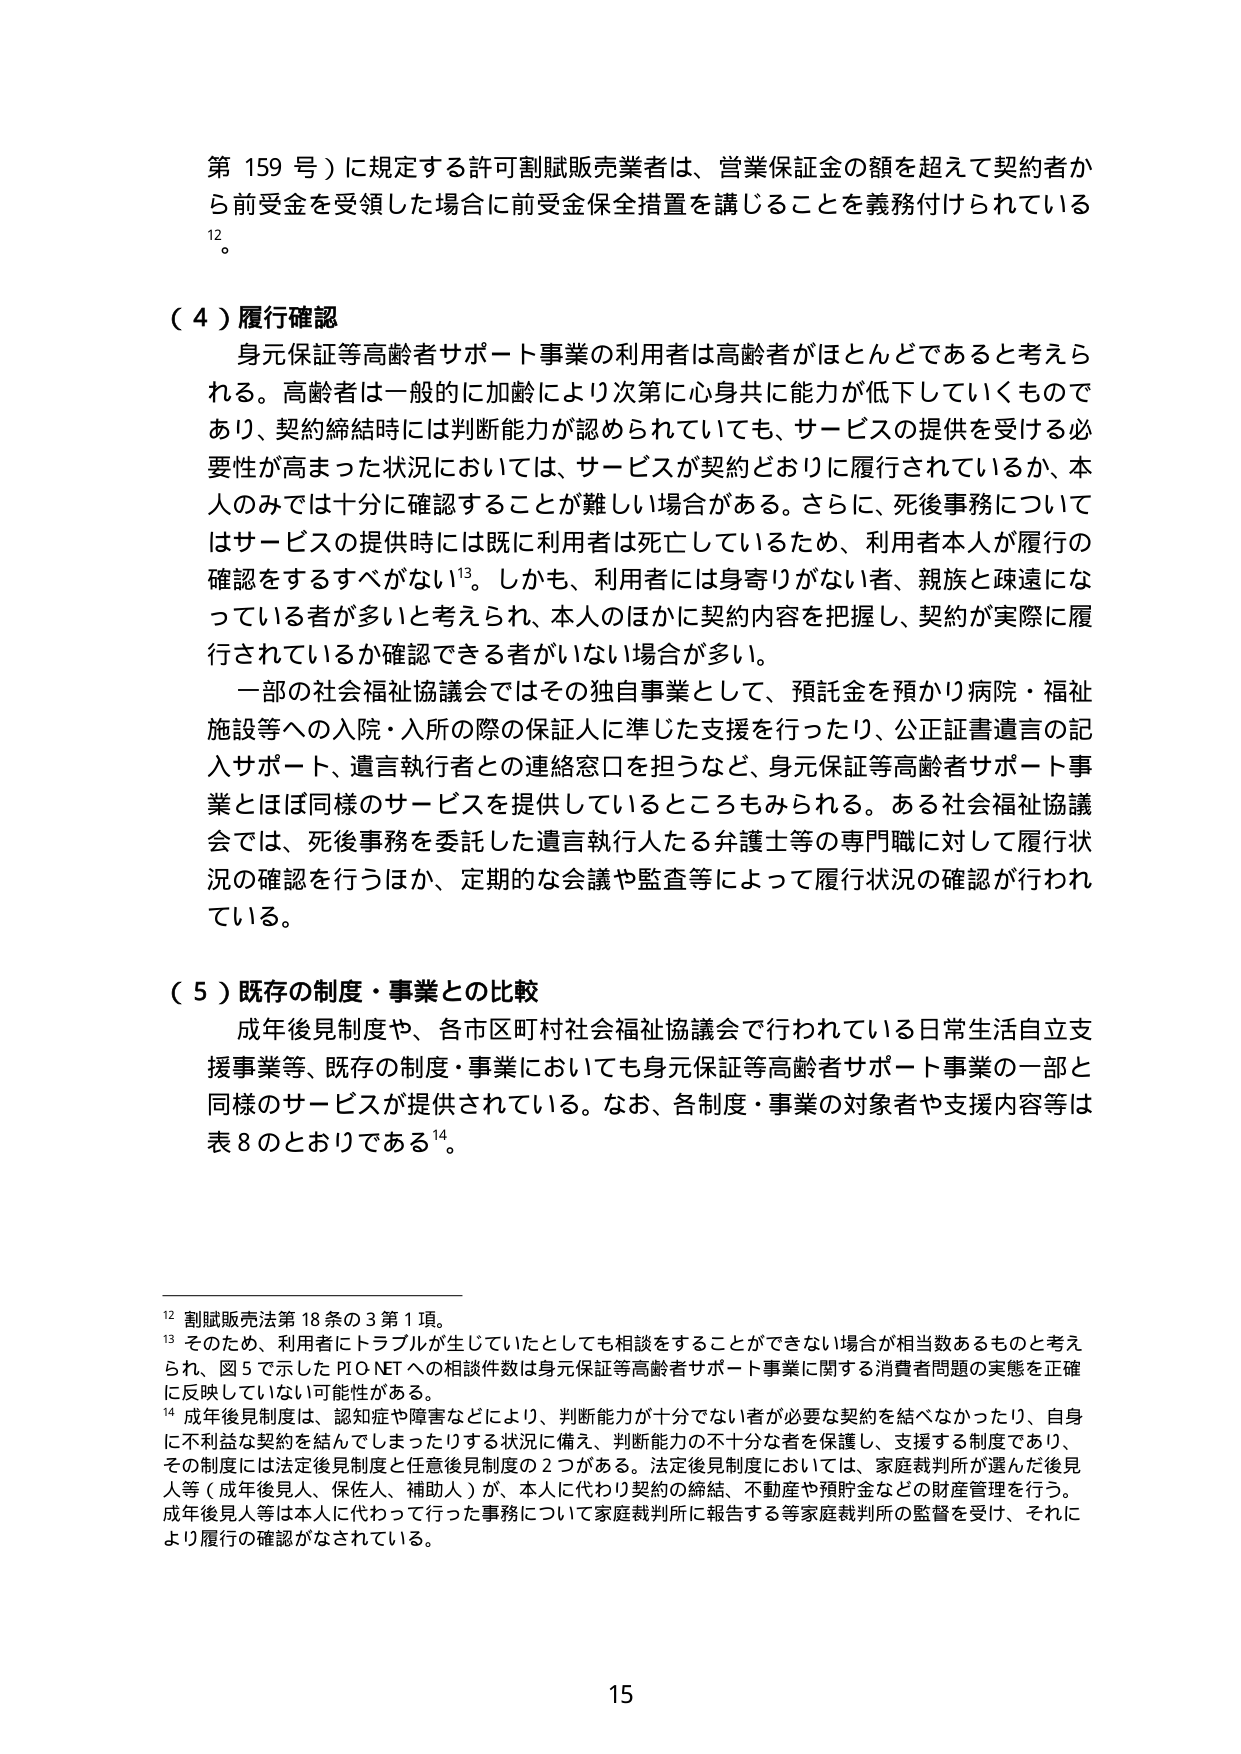
第 159 号）に規定する許可割賦販売業者は、営業保証金の額を超えて契約者から前受金を受領した場合に前受金保全措置を講じることを義務付けられている¹²。

（４）履行確認
身元保証等高齢者サポート事業の利用者は高齢者がほとんどであると考えられる。高齢者は一般的に加齢により次第に心身共に能力が低下していくものであり、契約締結時には判断能力が認められていても、サービスの提供を受ける必要性が高まった状況においては、サービスが契約どおりに履行されているか、本人のみでは十分に確認することが難しい場合がある。さらに、死後事務についてはサービスの提供時には既に利用者は死亡しているため、利用者本人が履行の確認をするすべがない¹³。しかも、利用者には身寄りがない者、親族と疎遠になっている者が多いと考えられ、本人のほかに契約内容を把握し、契約が実際に履行されているか確認できる者がいない場合が多い。
一部の社会福祉協議会ではその独自事業として、預託金を預かり病院・福祉施設等への入院・入所の際の保証人に準じた支援を行ったり、公正証書遺言の記入サポート、遺言執行者との連絡窓口を担うなど、身元保証等高齢者サポート事業とほぼ同様のサービスを提供しているところもみられる。ある社会福祉協議会では、死後事務を委託した遺言執行人たる弁護士等の専門職に対して履行状況の確認を行うほか、定期的な会議や監査等によって履行状況の確認が行われている。

（５）既存の制度・事業との比較
成年後見制度や、各市区町村社会福祉協議会で行われている日常生活自立支援事業等、既存の制度・事業においても身元保証等高齢者サポート事業の一部と同様のサービスが提供されている。なお、各制度・事業の対象者や支援内容等は表８のとおりである¹⁴。

¹² 割賦販売法第 18 条の 3 第 1 項。
¹³ そのため、利用者にトラブルが生じていたとしても相談をすることができない場合が相当数あるものと考えられ、図 5 で示した PLO NET への相談件数は身元保証等高齢者サポート事業に関する消費者問題の実態を正確に反映していない可能性がある。
¹⁴ 成年後見制度は、認知症や障害などにより、判断能力が十分でない者が必要な契約を結べなかったり、自身に不利益な契約を結んでしまったりする状況に備え、判断能力の不十分な者を保護し、支援する制度であり、その制度には法定後見制度と任意後見制度の 2 つがある。法定後見制度においては、家庭裁判所が選んだ後見人等（成年後見人、保佐人、補助人）が、本人に代わり契約の締結、不動産や預貯金などの財産管理を行う。成年後見人等は本人に代わって行った事務について家庭裁判所に報告する等家庭裁判所の監督を受け、それにより履行の確認がなされている。

15